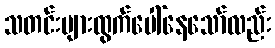
သတင်းများထွက်ပေါ်နေသော်လည်း